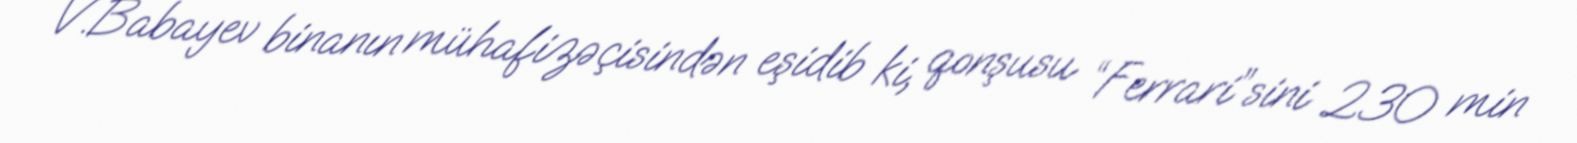
V.Babayev binanın mühafizəçisindən eşidib ki, qonşusu “Ferrari”sini 230 min